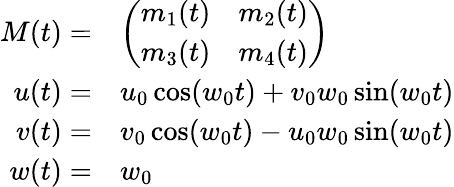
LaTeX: \begin{array}{rl}{M(t)=}&{\left(\begin{array}{ll}{m_{1}(t)}&{m_{2}(t)}\\ {m_{3}(t)}&{m_{4}(t)}\end{array}\right)}\\ {u(t)=}&{u_{0}\cos(w_{0}t)+v_{0}w_{0}\sin(w_{0}t)}\\ {v(t)=}&{v_{0}\cos(w_{0}t)-u_{0}w_{0}\sin(w_{0}t)}\\ {w(t)=}&{w_{0}}\end{array}